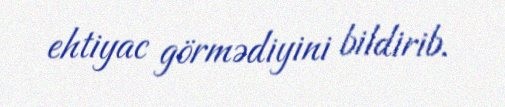
ehtiyac görmədiyini bildirib.